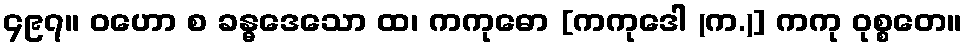
၄၉၇။ ဝဟော စ ခန္ဓဒေသော ထ၊ ကကုဓော [ကကုဒေါ (က.)] ကကု ဝုစ္စတေ။